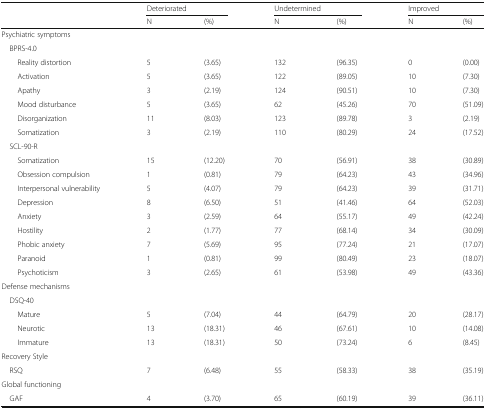
<table><thead><tr><td rowspan="2"></td><td colspan="2"><b>Deteriorated</b></td><td colspan="2"><b>Undetermined</b></td><td colspan="2"><b>Improved</b></td></tr><tr><td><b>N</b></td><td><b>(%)</b></td><td><b>N</b></td><td><b>(%)</b></td><td><b>N</b></td><td><b>(%)</b></td></tr></thead><tbody><tr><td colspan="7">Psychiatric symptoms</td></tr><tr><td colspan="7"> BPRS-4.0</td></tr><tr><td>Reality distortion</td><td>5</td><td>(3.65)</td><td>132</td><td>(96.35)</td><td>0</td><td>(0.00)</td></tr><tr><td>Activation</td><td>5</td><td>(3.65)</td><td>122</td><td>(89.05)</td><td>10</td><td>(7.30)</td></tr><tr><td>Apathy</td><td>3</td><td>(2.19)</td><td>124</td><td>(90.51)</td><td>10</td><td>(7.30)</td></tr><tr><td>Mood disturbance</td><td>5</td><td>(3.65)</td><td>62</td><td>(45.26)</td><td>70</td><td>(51.09)</td></tr><tr><td>Disorganization</td><td>11</td><td>(8.03)</td><td>123</td><td>(89.78)</td><td>3</td><td>(2.19)</td></tr><tr><td>Somatization</td><td>3</td><td>(2.19)</td><td>110</td><td>(80.29)</td><td>24</td><td>(17.52)</td></tr><tr><td colspan="7"> SCL-90-R</td></tr><tr><td>Somatization</td><td>15</td><td>(12.20)</td><td>70</td><td>(56.91)</td><td>38</td><td>(30.89)</td></tr><tr><td>Obsession compulsion</td><td>1</td><td>(0.81)</td><td>79</td><td>(64.23)</td><td>43</td><td>(34.96)</td></tr><tr><td>Interpersonal vulnerability</td><td>5</td><td>(4.07)</td><td>79</td><td>(64.23)</td><td>39</td><td>(31.71)</td></tr><tr><td>Depression</td><td>8</td><td>(6.50)</td><td>51</td><td>(41.46)</td><td>64</td><td>(52.03)</td></tr><tr><td>Anxiety</td><td>3</td><td>(2.59)</td><td>64</td><td>(55.17)</td><td>49</td><td>(42.24)</td></tr><tr><td>Hostility</td><td>2</td><td>(1.77)</td><td>77</td><td>(68.14)</td><td>34</td><td>(30.09)</td></tr><tr><td>Phobic anxiety</td><td>7</td><td>(5.69)</td><td>95</td><td>(77.24)</td><td>21</td><td>(17.07)</td></tr><tr><td>Paranoid</td><td>1</td><td>(0.81)</td><td>99</td><td>(80.49)</td><td>23</td><td>(18.07)</td></tr><tr><td>Psychoticism</td><td>3</td><td>(2.65)</td><td>61</td><td>(53.98)</td><td>49</td><td>(43.36)</td></tr><tr><td colspan="7">Defense mechanisms</td></tr><tr><td colspan="7"> DSQ-40</td></tr><tr><td>Mature</td><td>5</td><td>(7.04)</td><td>44</td><td>(64.79)</td><td>20</td><td>(28.17)</td></tr><tr><td>Neurotic</td><td>13</td><td>(18.31)</td><td>46</td><td>(67.61)</td><td>10</td><td>(14.08)</td></tr><tr><td>Immature</td><td>13</td><td>(18.31)</td><td>50</td><td>(73.24)</td><td>6</td><td>(8.45)</td></tr><tr><td colspan="7">Recovery Style</td></tr><tr><td> RSQ</td><td>7</td><td>(6.48)</td><td>55</td><td>(58.33)</td><td>38</td><td>(35.19)</td></tr><tr><td colspan="7">Global functioning</td></tr><tr><td> GAF</td><td>4</td><td>(3.70)</td><td>65</td><td>(60.19)</td><td>39</td><td>(36.11)</td></tr></tbody></table>